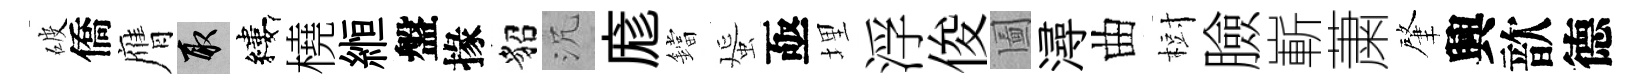
破僑膺取縷橈縆盤掾貂沉庬鐺蜑亟埋浮俊圗潯曲𣗳臉嶄䔥肇興歆德